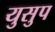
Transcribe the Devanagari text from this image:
युसुप